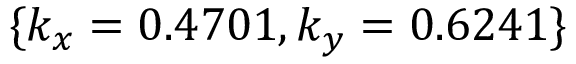
\{ k _ { x } = 0 . 4 7 0 1 , k _ { y } = 0 . 6 2 4 1 \}